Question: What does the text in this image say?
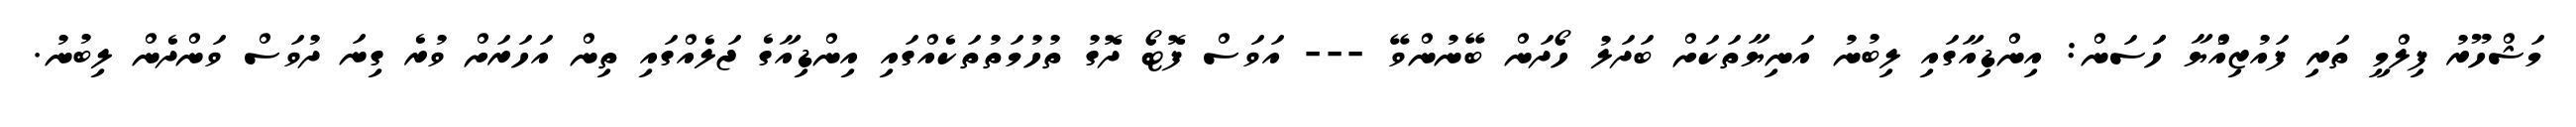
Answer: މަޝްހޫރު ފިލްމީ ތަރި ފައުޒިއްުޔާ ހަަސަން: އިންޑިއާގައި ލިބުނު އަނިޔާތަކަށް ބަދަލު ހޯދަން ބޭނުންވޭ --- އަވަސް ފޮޓޯ ދޮގު ތުހުމަތުތަކެއްގައި އިންޑިއާގެ ޖަލެއްގައި ތިން އަހަރަށް ވުރެ ގިނަ ދުވަސް ވަންދެން ލިބުނު.